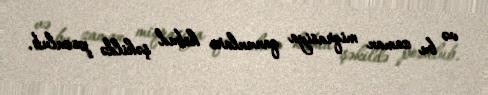
və bu zaman miqrasiya qanunları kobud şəkildə pozulub.